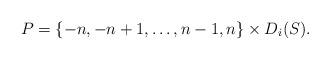
LaTeX: \begin{align*}P=\{ -n, -n+1, \dots, n-1,n \} \times D_i(S).\end{align*}